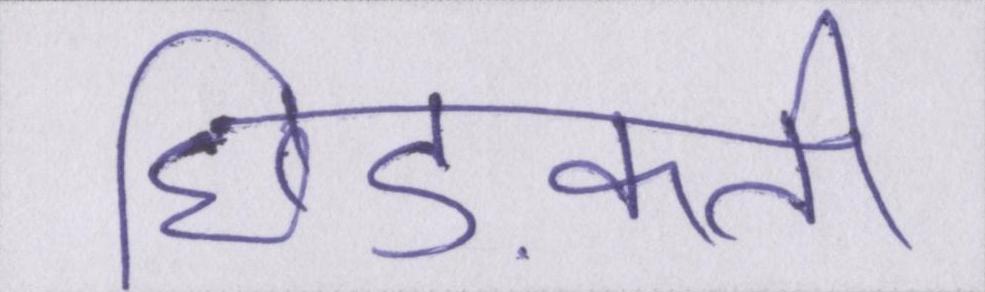
छिड़कती